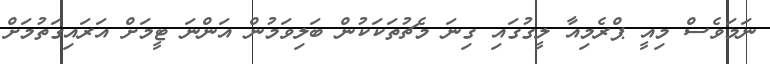
ނަމަވެސް މިއީ ޕްރެމިއާ ލީގުގައި ގިނަ މެޗުތަކަކުން ބަލިވަމުން އަންނަ ޓީމަށް އަރައިގަތުމަށް